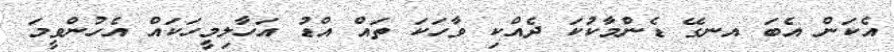
އެކަން އެބަ އނގޭ ޑެންމާކުކަ ދެއްކި ވާހަކަ ތައް އްޑު އަހާލިމީހަކައް އެހުންވީމަ